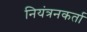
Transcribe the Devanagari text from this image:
नियंत्रनकर्ता